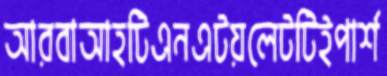
আরবাআহটিএনএটয়লেটটিইপার্শ